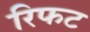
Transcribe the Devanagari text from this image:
रिफट